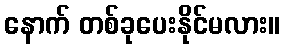
နောက် တစ်ခုပေးနိုင်မလား။